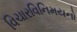
વિચારવિનિમયનો